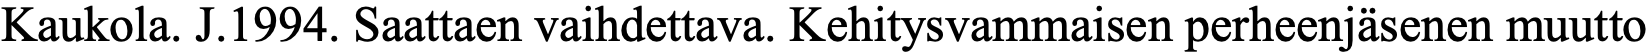
Kaukola. J.1994. Saattaen vaihdettava. Kehitysvammaisen perheenjäsenen muutto